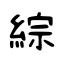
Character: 綜